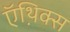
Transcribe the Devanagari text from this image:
ऍथ़िक्स